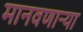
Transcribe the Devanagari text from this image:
मानवणाऱ्या